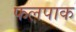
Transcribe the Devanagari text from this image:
फलपाक